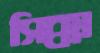
সিক্কা